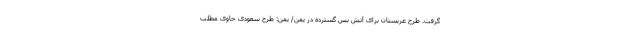
گرفت. طرح عربستان برای آتش بس گسترده در یمن/ یمن: طرح سعودی حاوی مطلب